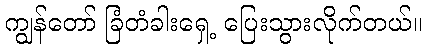
ကျွန်တော် ခြံတံခါးရှေ့ ပြေးသွားလိုက်တယ်။